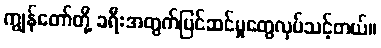
ကျွန်တော်တို့ ခရီးအတွက်ပြင်ဆင်မှုတွေလုပ်သင့်တယ်။